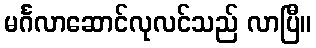
မင်္ဂလာဆောင်လုလင်သည် လာပြီ။